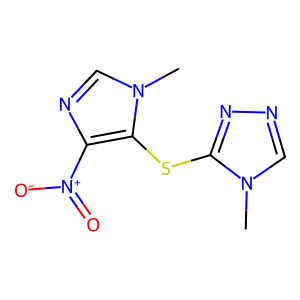
SMILES: Cn1cnnc1Sc1c([N+](=O)[O-])ncn1C
Inhibits HIV replication: No